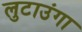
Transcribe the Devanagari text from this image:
लुटाउंगा